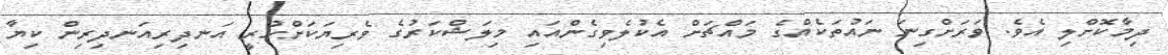
ދިމާކޮށްލި އެވެ. ވަރަށްގިނަ ނައުތަކެއްގެ މައްޗަށް އެކުލެވިގެންއައި މިލަޝްކަރުގެ ވެރިޔަކަށްހުރީ އަނދިރިއަނދިރިން ކިޔާ